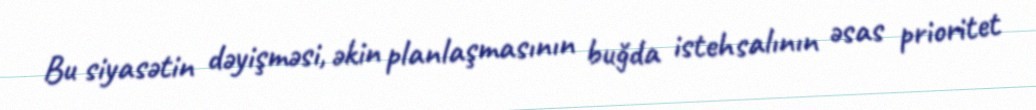
Bu siyasətin dəyişməsi, əkin planlaşmasının buğda istehsalının əsas prioritet